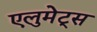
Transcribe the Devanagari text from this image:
एलुमेट्स